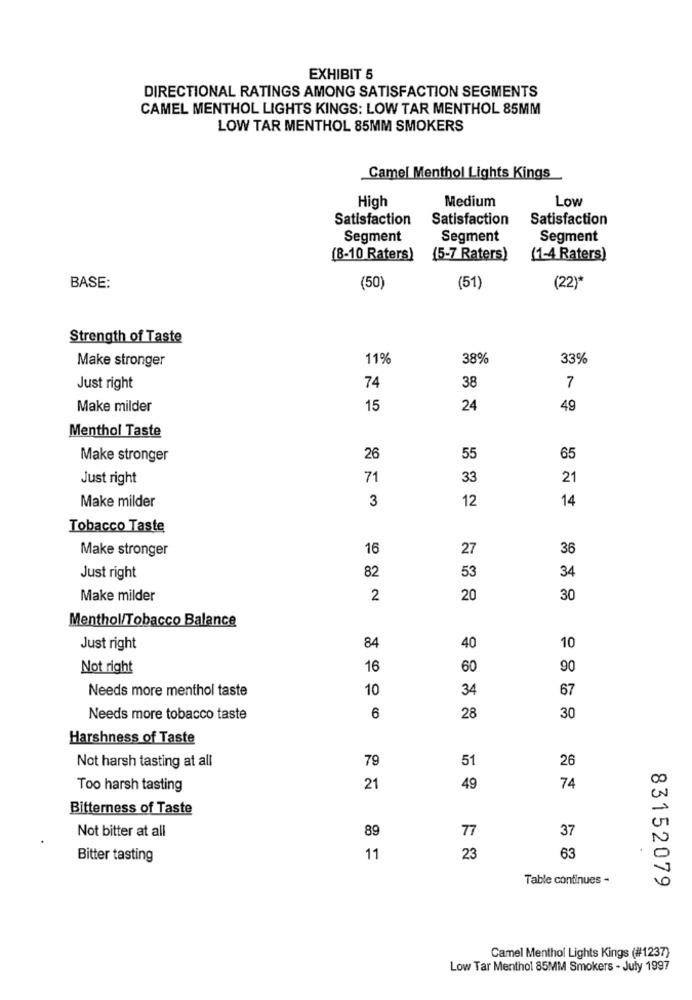
EXHIBIT 5
DIRECTIONAL RATINGS AMONG SATISFACTION SEGMENTS
CAMEL MENTHOL LIGHTS KINGS: LOW TAR MENTHOL 85MM
LOW TAR MENTHOL 85MM SMOKERS
Camel Menthol Lights Kings
Medium
Low
High
Satisfaction
Satisfaction
Satisfaction
Segment
Segment
Segment
(8-10 Raters)
(5-7 Raters)
(1-4 Raters)
BASE:
(50)
(51)
(22)*
Strength of Taste
Make stronger
11%
38%
33%
Just right
74
38
7
Make milder
15
24
49
Menthol Taste
Make stronger
26
55
65
Just right
71
33
21
Make milder
3
12
14
Tobacco Taste
Make stronger
16
27
36
82
34
Just right
53
Make milder
2
20
30
Menthol/Tobacco Balance
Just right
84
40
10
Not right
16
60
90
Needs more menthol taste
10
34
67
Needs more tobacco taste
6
28
30
Harshness of Taste
Not harsh tasting at all
79
51
26
Too harsh tasting
21
49
74
Bitterness of Taste
Not bitter at all
89
77
37
Bitter tasting
11
23
63
Table continues -
83152079
Camel Menthol Lights Kings (#1237)
Low Tar Menthol 85MM Smokers - July 1997